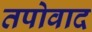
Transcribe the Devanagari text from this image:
तपोवाद